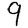
Digit: 9